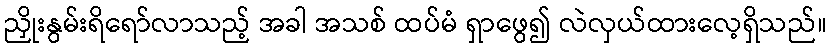
ညှိုးနွမ်းရိရော်လာသည့် အခါ အသစ် ထပ်မံ ရှာဖွေ၍ လဲလှယ်ထားလေ့ရှိသည်။